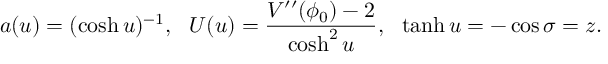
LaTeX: a ( u ) = ( \cosh u ) ^ { - 1 } , \: \: \: U ( u ) = \frac { V ^ { \prime \prime } ( \phi _ { 0 } ) - 2 } { \cosh ^ { 2 } u } , \: \: \: \operatorname { t a n h } u = - \cos \sigma = z .